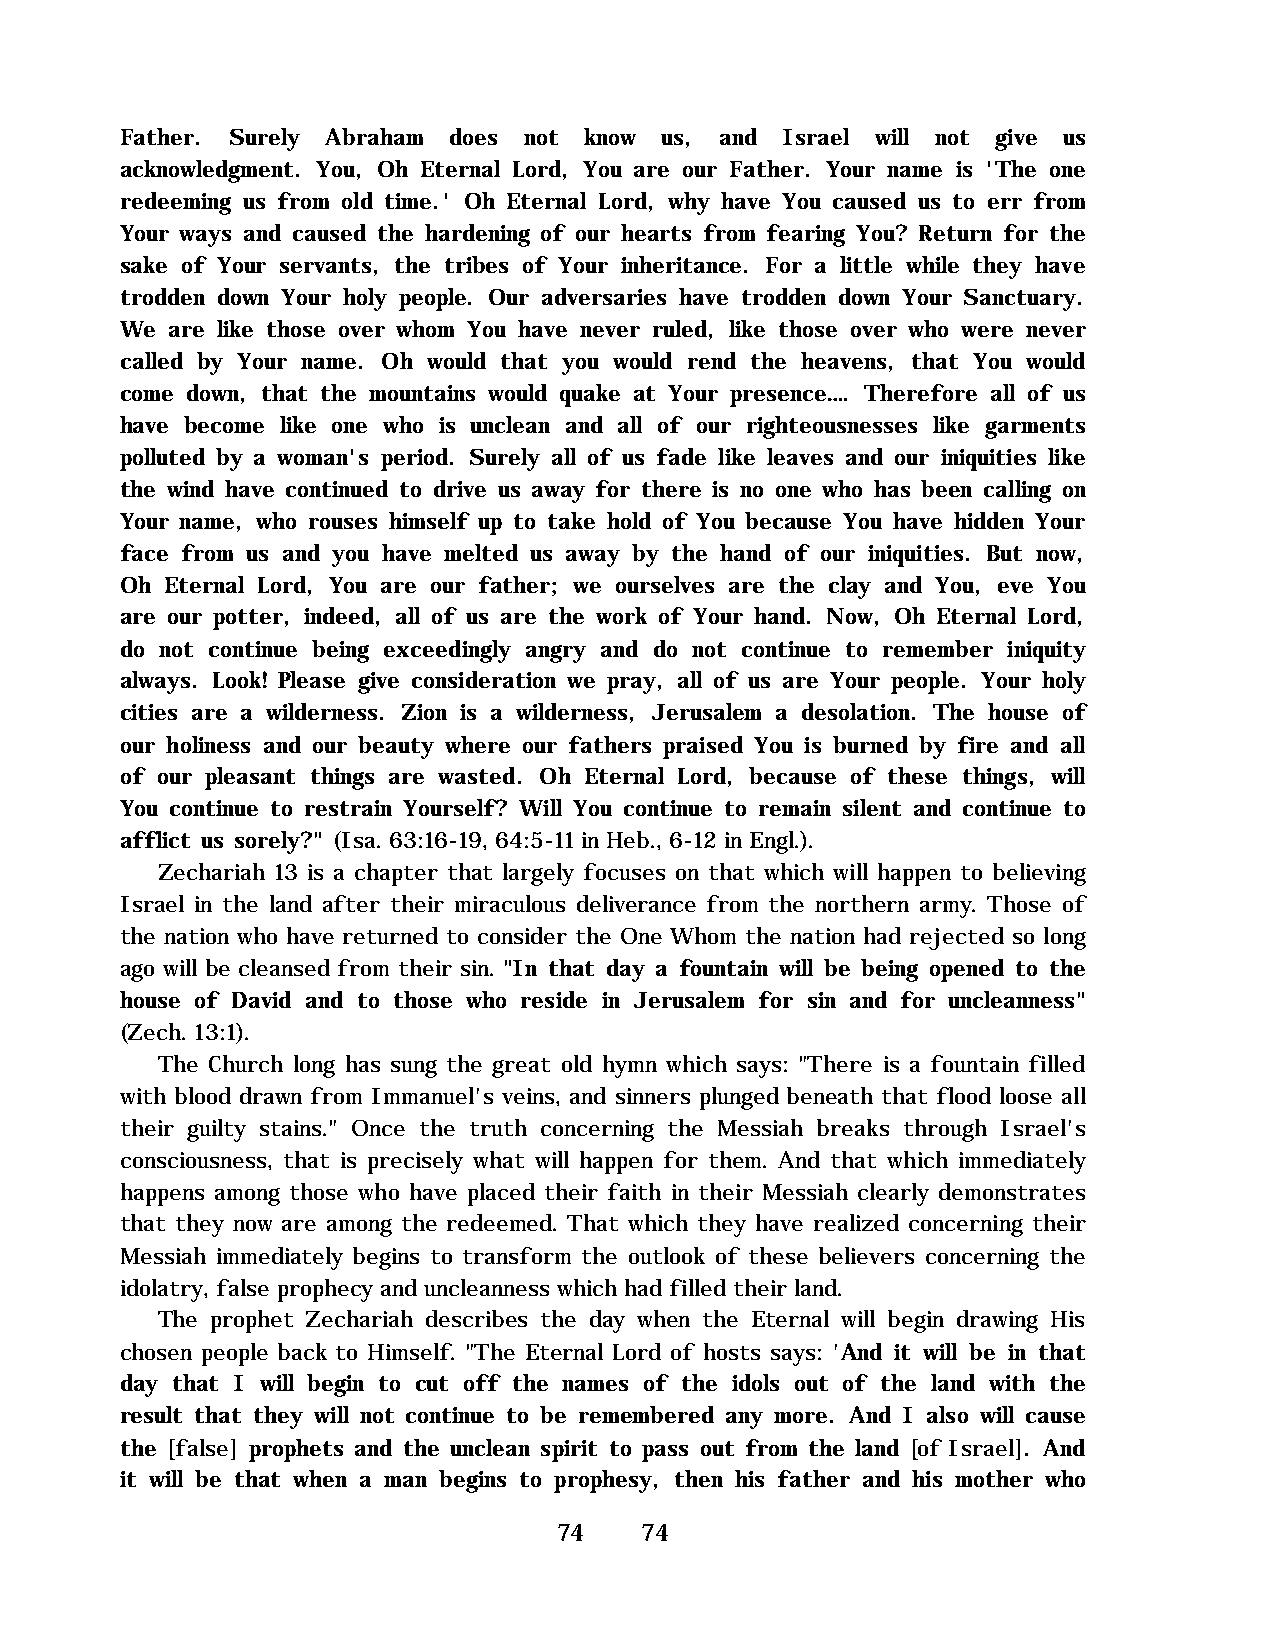
Father. Surely Abraham does not know us, and Israel will not give us
 acknowledgment. You, Oh Eternal Lord, You are our Father. Your name is 'The one
 redeeming us from old time.' Oh Eternal Lord, why have You caused us to err from
 Your ways and caused the hardening of our hearts from fearing You? Return for the
 sake of Your servants, the tribes of Your inheritance. For a little while they have
 trodden down Your holy people. Our adversaries have trodden down Your Sanctuary.
 We are like those over whom You have never ruled, like those over who were never
 called by Your name. Oh would that you would rend the heavens, that You would
 come down, that the mountains would quake at Your presence…. Therefore all of us
 have become like one who is unclean and all of our righteousnesses like garments
 polluted by a woman's period. Surely all of us fade like leaves and our iniquities like
 the wind have continued to drive us away for there is no one who has been calling on
 Your name, who rouses himself up to take hold of You because You have hidden Your
 face from us and you have melted us away by the hand of our iniquities. But now,
 Oh Eternal Lord, You are our father; we ourselves are the clay and You, eve You
 are our potter, indeed, all of us are the work of Your hand. Now, Oh Eternal Lord,
 do not continue being exceedingly angry and do not continue to remember iniquity
 always. Look! Please give consideration we pray, all of us are Your people. Your holy
 cities are a wilderness. Zion is a wilderness, Jerusalem a desolation. The house of
 our holiness and our beauty where our fathers praised You is burned by fire and all
 of our pleasant things are wasted. Oh Eternal Lord, because of these things, will
 You continue to restrain Yourself? Will You continue to remain silent and continue to
 afflict us sorely?" (Isa. 63:16-19, 64:5-11 in Heb., 6-12 in Engl.).
 Zechariah 13 is a chapter that largely focuses on that which will happen to believing
 Israel in the land after their miraculous deliverance from the northern army. Those of
 the nation who have returned to consider the One Whom the nation had rejected so long
 ago will be cleansed from their sin. "In that day a fountain will be being opened to the
 house of David and to those who reside in Jerusalem for sin and for uncleanness"
 (Zech. 13:1).
 The Church long has sung the great old hymn which says: "There is a fountain filled
 with blood drawn from Immanuel's veins, and sinners plunged beneath that flood loose all
 their guilty stains." Once the truth concerning the Messiah breaks through Israel's
 consciousness, that is precisely what will happen for them. And that which immediately
 happens among those who have placed their faith in their Messiah clearly demonstrates
 that they now are among the redeemed. That which they have realized concerning their
 Messiah immediately begins to transform the outlook of these believers concerning the
 idolatry, false prophecy and uncleanness which had filled their land.
 The prophet Zechariah describes the day when the Eternal will begin drawing His
 chosen people back to Himself. "The Eternal Lord of hosts says: 'And it will be in that
 day that I will begin to cut off the names of the idols out of the land with the
 result that they will not continue to be remembered any more. And I also will cause
 the [false] prophets and the unclean spirit to pass out from the land [of Israel]. And
 it will be that when a man begins to prophesy, then his father and his mother who
 74   74